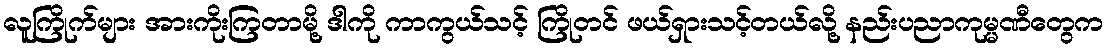
လူကြိုက်များ အားကိုးကြတာမို့ ဒါကို ကာကွယ်သင့် ကြိုတင် ဖယ်ရှားသင့်တယ်လို့ နည်းပညာကုမ္မဏီတွေက